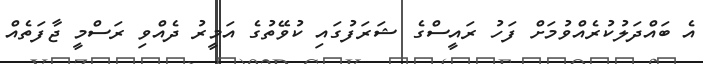
އެ ބައްދަލުކުރެއްވުމަށް ފަހު ރައީސްގެ ޝަރަފުގައި ކުވޭތުގެ އަމީރު ދެއްވި ރަސްމީ ޖާފަތެއް